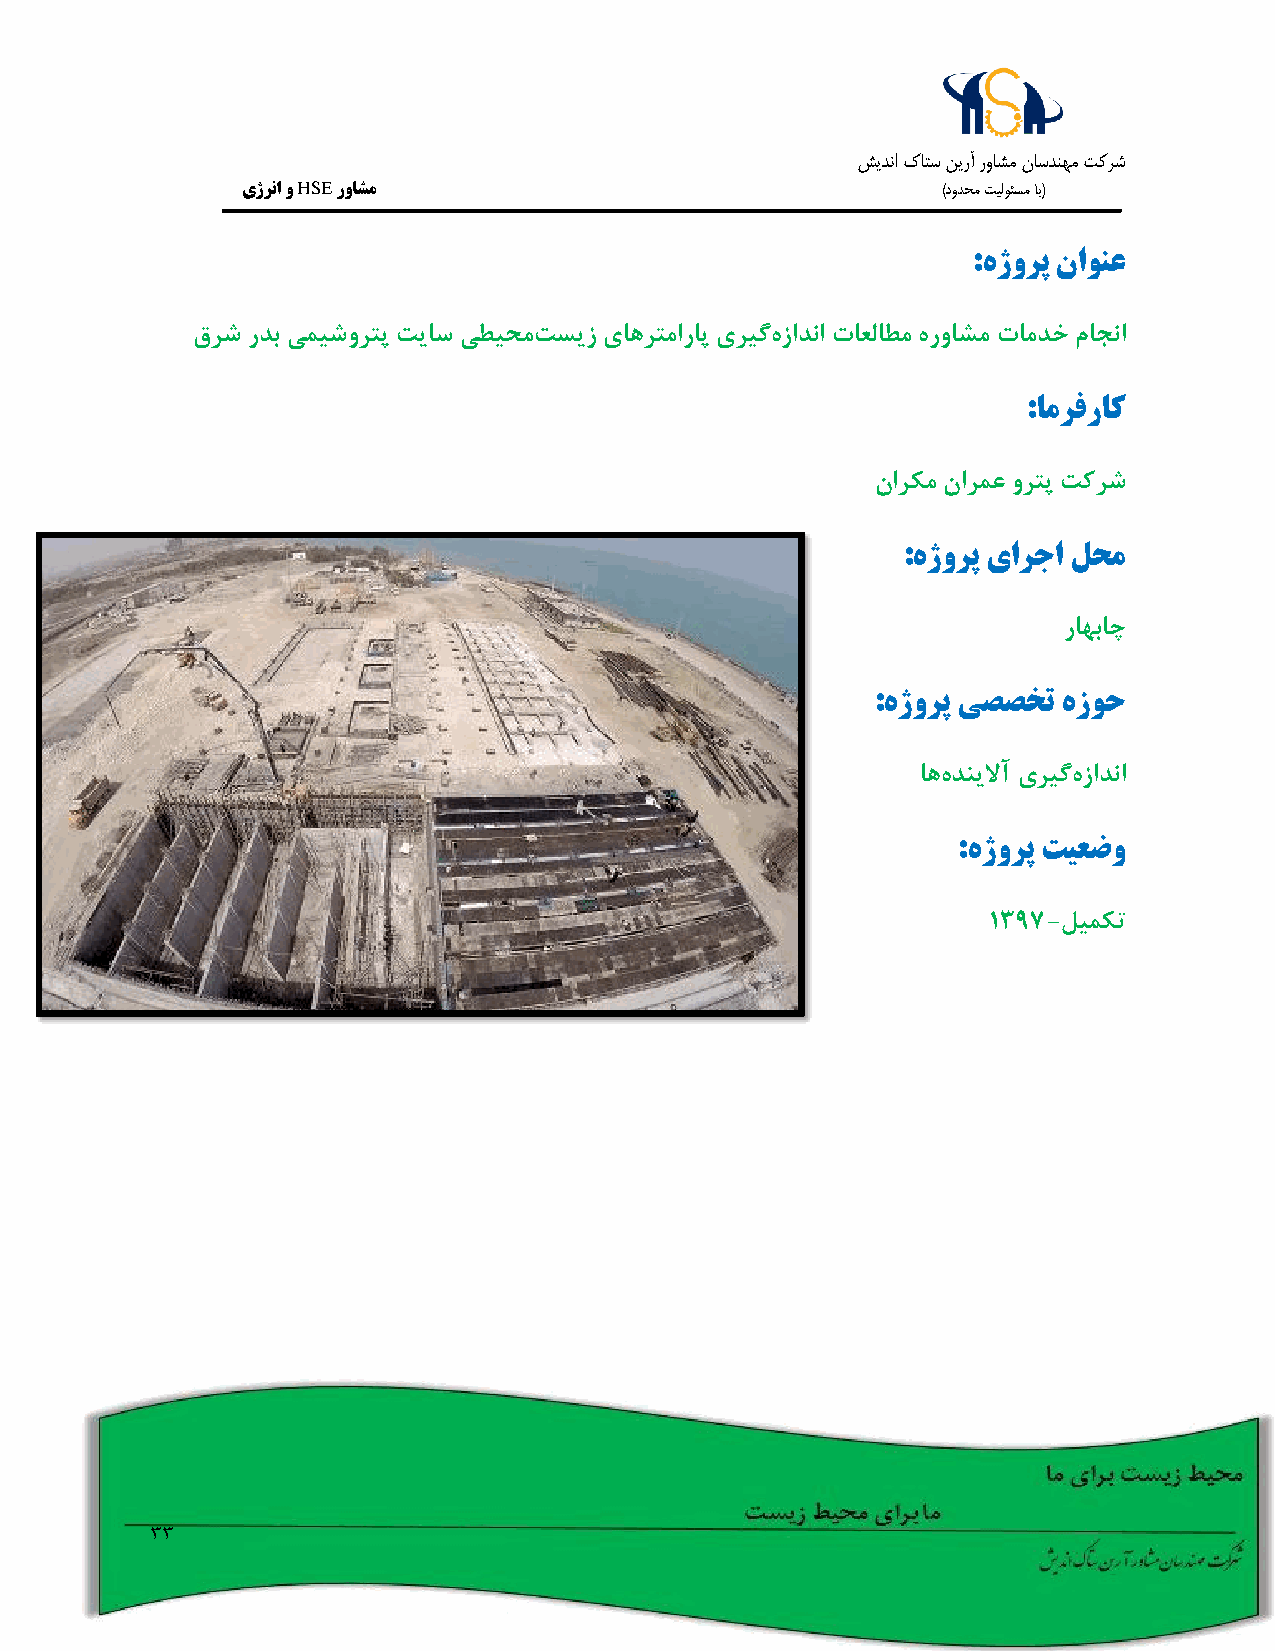
شيدنا كاتس نيرآ رواشم ناسدنهم تکرش
 یژرنا و HSE رواشم                             )دودحم تيلوئسم اب(
 :هژورپ ناونع
 قرش ردب یمیشورتپ تیاس یطیحمتسیز یاهرتماراپ یریگهزادنا تاعلاطم هرواشم تامدخ ماجنا
 :امرفراک
 نارکم نارمع ورتپ تکرش
 :هژورپ یارجا لحم
 راهباچ
 :هژورپ یصصخت هزوح
 اههدنیلاآ یریگهزادنا
 :هژورپ تیعضو
 1397-لیمکت
 33